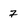
Character: 7